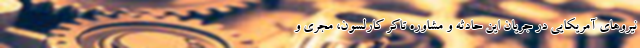
نیروهای آمریکایی در جریان این حادثه و مشاوره تاکر کارلسون، مجری و